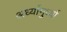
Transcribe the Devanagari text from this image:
अर्ध्यामुर्ध्या